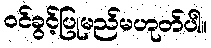
ဝင်ခွင့်ပြုမည်မဟုတ်ပါ။